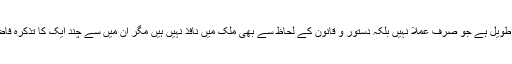
اس کے جواب میں اسلام کے ان حصوں کی فہرست تو طویل ہے جو صرف عملاً نہیں بلکہ دستور و قانون کے لحاظ سے بھی ملک میں نافذ نہیں ہیں مگر ان میں سے چند ایک کا تذکرہ فاضل عدالت کی معلومات کے لیے مناسب معلوم ہوتا ہے۔